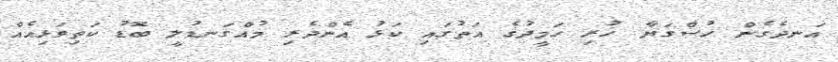
އަނދެގެން ހުސްގަޔާ ހުރި ހަމީދުގެ އަތުގައި ކަޅު އެންދެރި މުއްގަނޑުލީ ބޮޑު ކަތިވަޅިއެއް